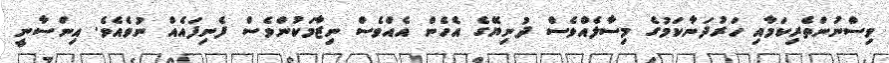
ވިސްނުންތެރިކަމާއި ހަރުދަނާކަމުގެ މިސާލެއްވެސް ދުނިޔޭގެ އެހެން އެއްވެސް ނިޒާމަކުންވެސް ފެނިފައެއް ނުވެއެވެ. އިންސާނީ